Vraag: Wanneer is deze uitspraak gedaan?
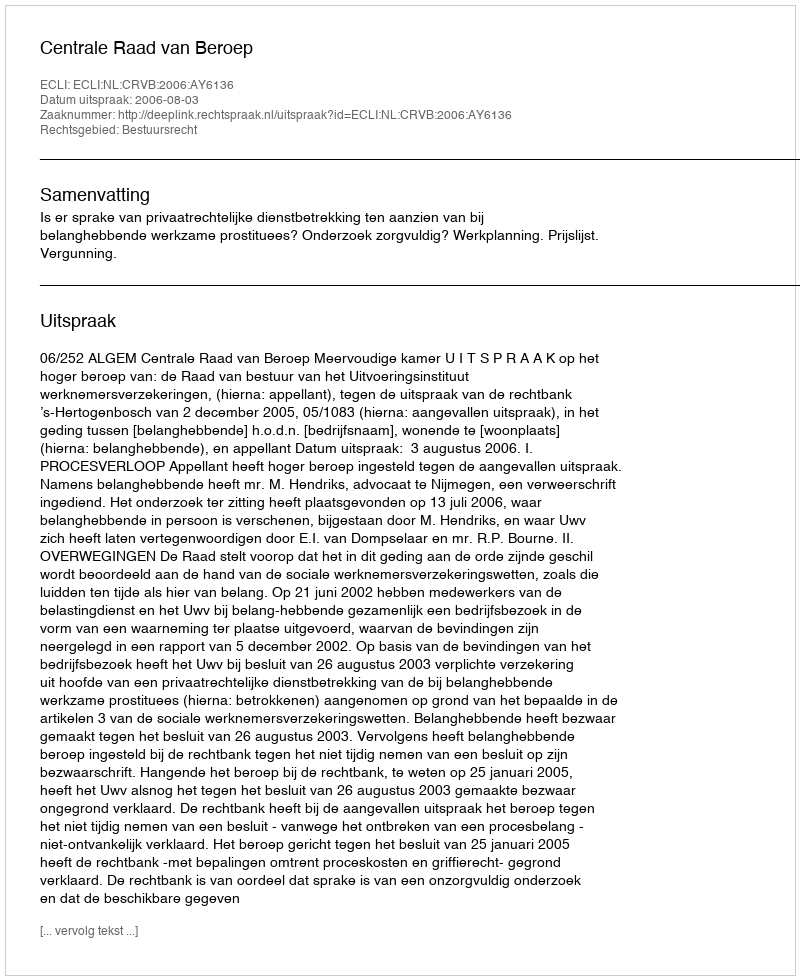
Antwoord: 2006-08-03